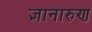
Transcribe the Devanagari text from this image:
ज्ञानारुण